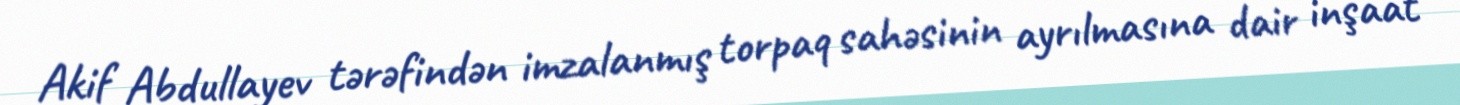
Akif Abdullayev tərəfindən imzalanmış torpaq sahəsinin ayrılmasına dair inşaat